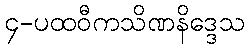
၄-ပထဝီကသိဏနိဒ္ဒေသ